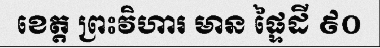
ខេត្ត ព្រះវិហារ មាន ផ្ទៃដី ៩០